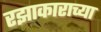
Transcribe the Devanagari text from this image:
रझाकाराच्या